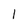
Character: l